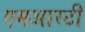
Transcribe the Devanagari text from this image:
एमआरटी